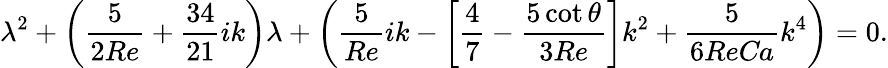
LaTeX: \lambda^{2}+\left(\frac{5}{2\mathrm{\textit{Re}}}+\frac{34}{21}ik\right)\lambda+\left(\frac{5}{\mathrm{\textit{Re}}}ik-\left[\frac{4}{7}-\frac{5\cot\theta}{3\mathrm{\textit{Re}}}\right]k^{2}+\frac{5}{6\mathrm{\textit{Re}}\mathrm{\textit{Ca}}}k^{4}\right)=0.